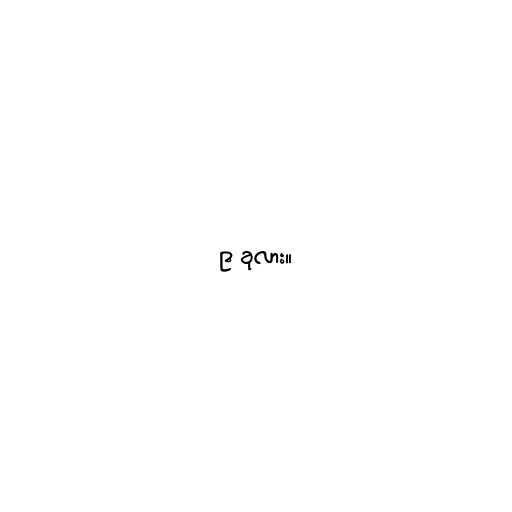
၉ ခုလား။